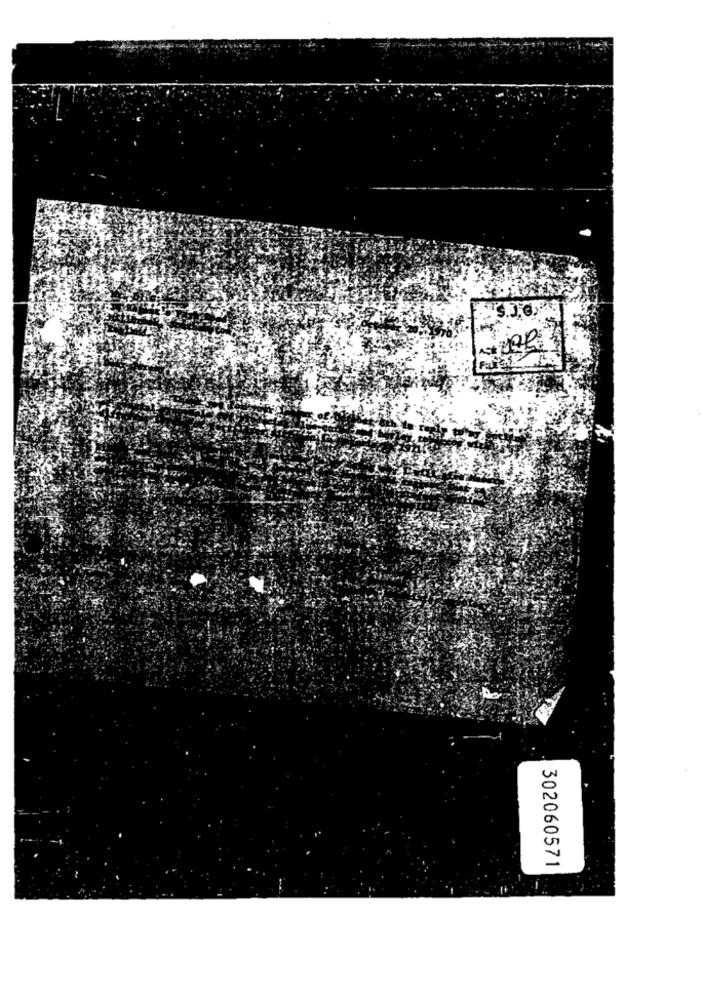
302060571